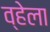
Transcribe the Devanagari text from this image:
व्हेला